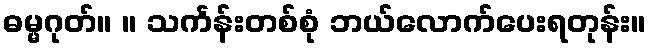
ဓမ္မဂုတ်။ ။ သင်္ကန်းတစ်စုံ ဘယ်လောက်ပေးရတုန်း။